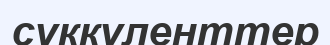
суккуленттер